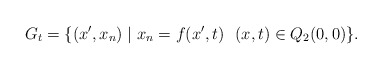
\begin{align*}G_t=\{ (x',x_n) \mid x_n= f(x', t)\ \ (x, t) \in Q_{2}(0,0)\}.\end{align*}